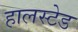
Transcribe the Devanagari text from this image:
हालस्टेड